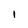
Character: l